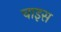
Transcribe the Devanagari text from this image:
चाइस